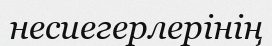
несиегерлерінің